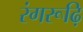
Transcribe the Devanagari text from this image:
रंगरूढ़ि